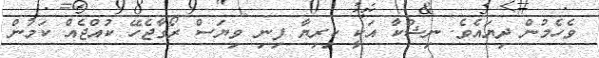
ވެހެމުން ދިޔައެވެ. ނިޝްކާ އަކީ ކިރިޔާ ފިނި ވިޔަސް ރޯގާޖެހޭ ކުއްޖެއް ކަމުން